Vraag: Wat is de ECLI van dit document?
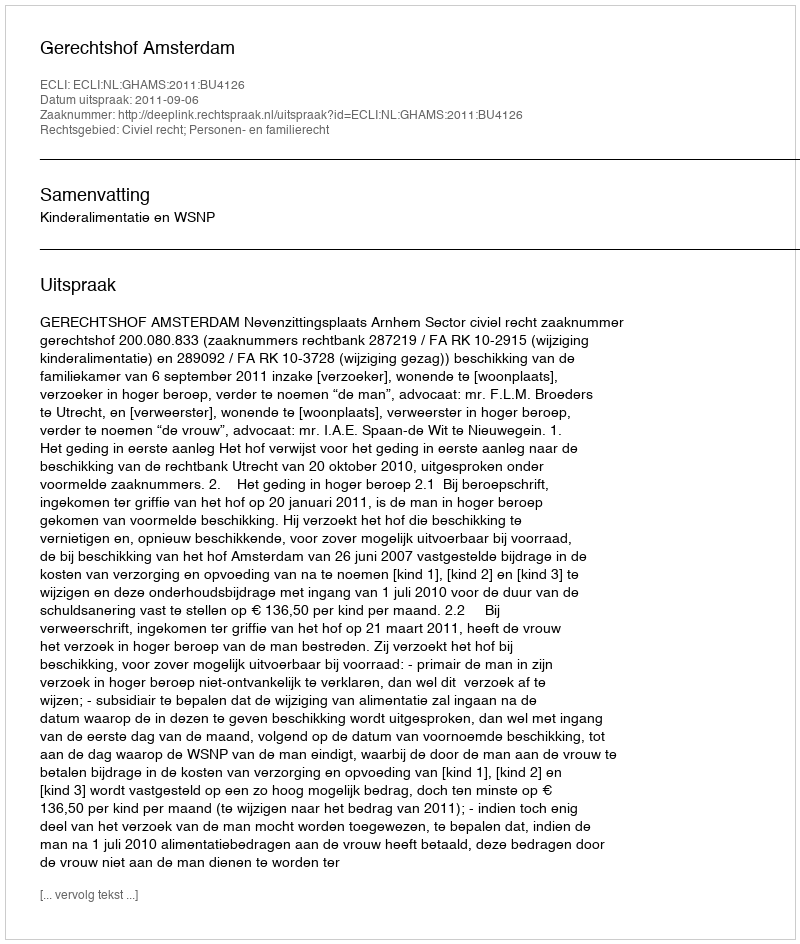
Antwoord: ECLI:NL:GHAMS:2011:BU4126